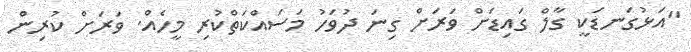
"އަޅުގަނޑަކީ ގާލް ގައިޑަށް ވަރަށް ގިނަ ދުވަހު މަސައްކަތްކުރި މީހެއް. ވަރަށް ކުރިން